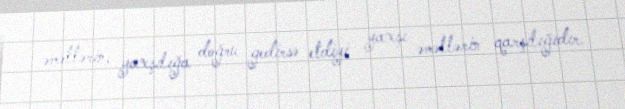
əməllərin, yaxşılığa doğru gedirsə etdiyi yaxşı əməllərin qarşılığıdır.